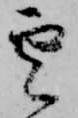
雲